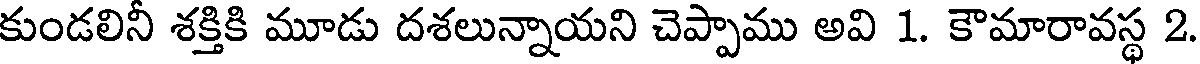
కుండలినీ శక్తికి మూడు దశలున్నాయని చెప్పాము అవి 1. కౌమారావస్థ 2